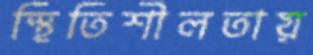
স্থিতিশীলতায়